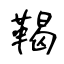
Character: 鞨